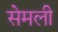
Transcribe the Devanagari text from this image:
सेमली